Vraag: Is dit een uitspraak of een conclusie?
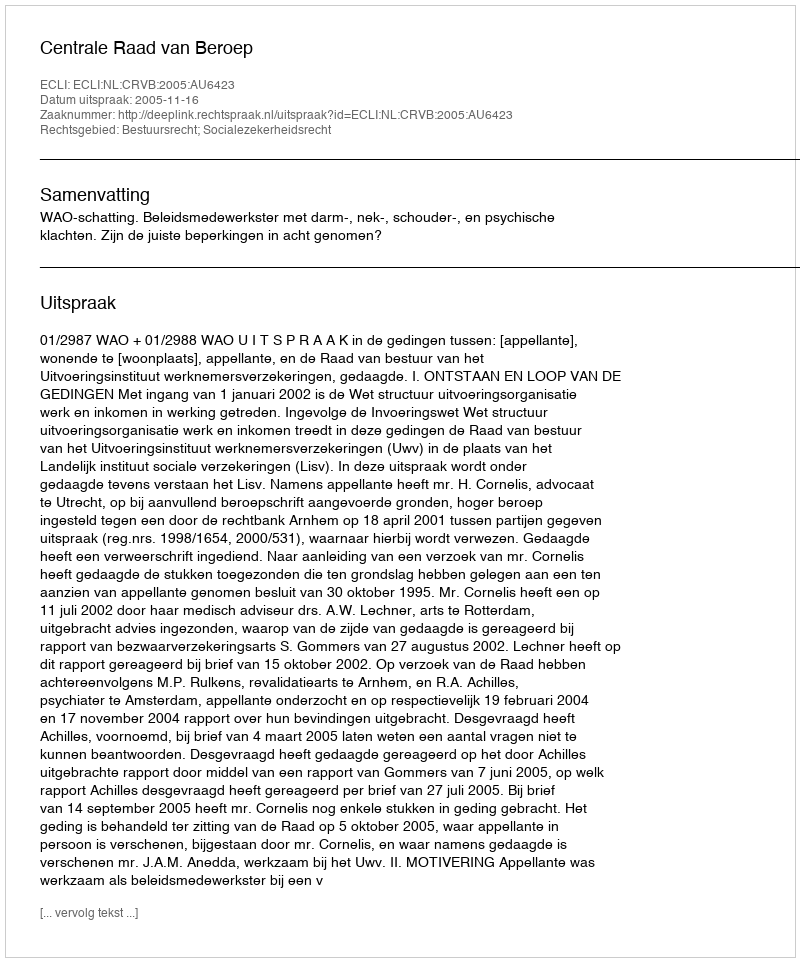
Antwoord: Uitspraak